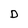
Character: D